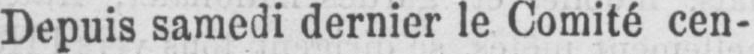
Depuis samedi dernier le Comité cen-